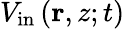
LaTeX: V_{\mathrm{in}}\left(\mathbf{r},z;t\right)